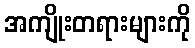
အကျိုးတရားများကို